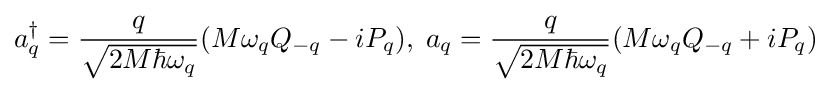
a_{q}^{\dagger }={\frac {q}{\sqrt {2M\hbar \omega _{q}}}}(M\omega _{q}Q_{-q}-iP_{q}),\;a_{q}={\frac {q}{\sqrt {2M\hbar \omega _{q}}}}(M\omega _{q}Q_{-q}+iP_{q})